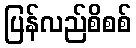
ပြန်လည်စိစစ်